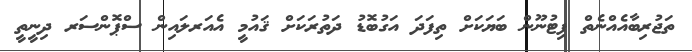
ތަޖުރިބާއެއްނެތް ފިޓުނޫން ބަޔަކަށް ތިފަދަ އަގުބޮޑު ދަތުރަކަށް ޤައުމީ އެއަރލައިން ސްޕޮންސަރ ދިނީތީ